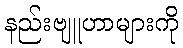
နည်းဗျူဟာများကို